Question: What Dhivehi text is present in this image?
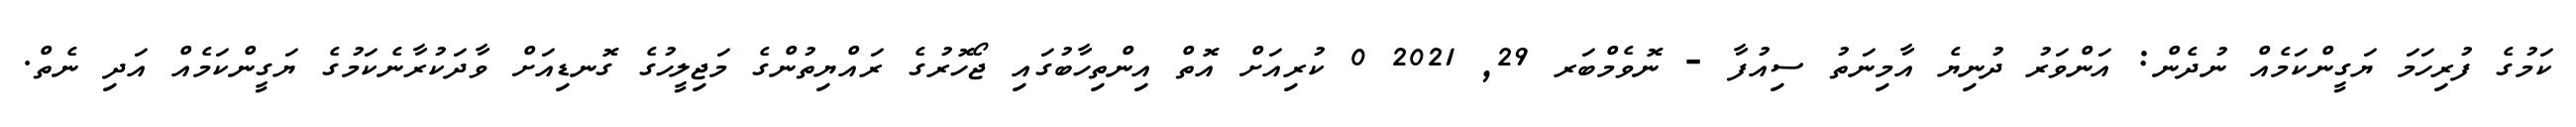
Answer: ކަމުގެ ފުރިހަމަ ޔަގީންކަމެއް ނުދެން: އަންވަރު ދުނިޔެ އާމިނަތު ސިއުފާ - ނޮވެމްބަރ 29, 2021 0 ކުރިއަށް އޮތް އިންތިހާބުގައި ޖޯހޮރުގެ ރައްޔިތުންގެ މަޖިލީހުގެ ގޮނޑިއަށް ވާދަކުރާނެކަމުގެ ޔަގީންކަމެއް އަދި ނެތް.